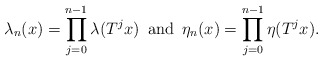
\begin{align*}\lambda_n(x)=\prod_{j=0}\sp{n-1}\lambda(T\sp jx)\, \, \, \textrm{and}\, \, \, \eta_n(x)=\prod_{j=0}\sp{n-1}\eta(T\sp jx).\end{align*}